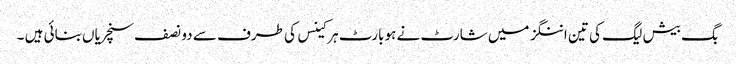
بگ بیش لیگ کی تین اننگز میں شارٹ نے ہوبارٹ ہرکینس کی طرف سے دو نصف سنچریاں بنائی ہیں ۔